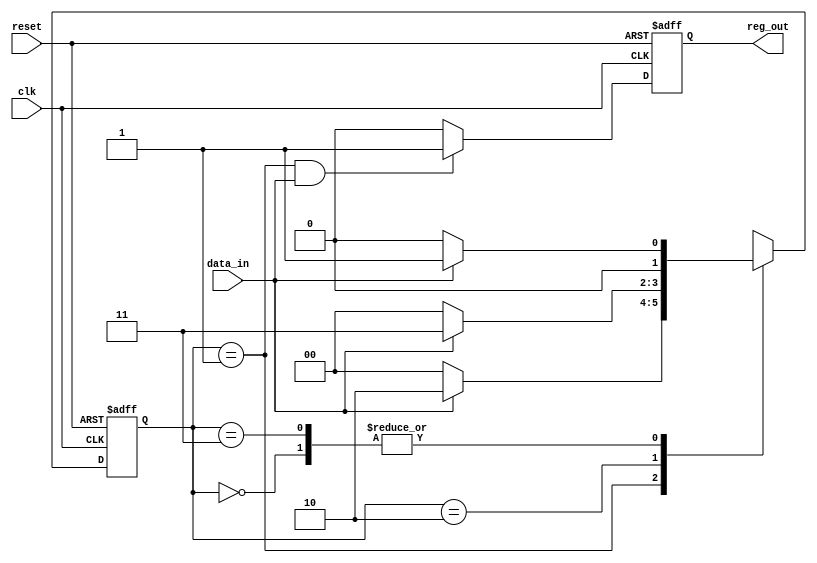
module Mealy_StateMachine (
    input wire clk,
    input wire reset,
    input wire data_in,
    output wire reg_out
);

// State definitions
parameter S0 = 2'b00;
parameter S1 = 2'b01;
parameter S2 = 2'b10;
parameter S3 = 2'b11;

// State register
reg [1:0] state_reg, next_state_reg;

// Output register
reg reg_out_reg;

always @ (posedge clk or posedge reset) begin
    if (reset) begin
        state_reg <= S0;
        reg_out_reg <= 1'b0;
    end else begin
        state_reg <= next_state_reg;
        reg_out_reg <= (state_reg == S1 && data_in) ? 1'b1 : 1'b0;
    end
end

// Next state and output logic
always @ (*) begin
    case (state_reg)
        S0: begin
            next_state_reg = data_in ? S1 : S0;
        end
        S1: begin
            next_state_reg = data_in ? S2 : S0;
        end
        S2: begin
            next_state_reg = data_in ? S3 : S0;
        end
        S3: begin
            next_state_reg = data_in ? S1 : S0;
        end
        default: next_state_reg = S0;
    endcase
end

assign reg_out = reg_out_reg;

endmodule